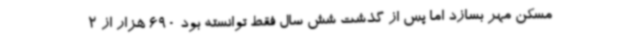
مسکن مهر بسازد اما پس از گذشت شش سال فقط توانسته بود 690 هزار از 2